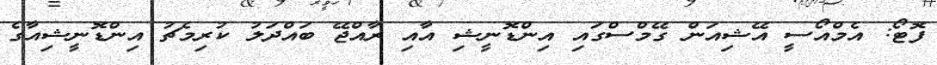
ފޮޓޯ: އެމްއޯސީ އޭޝިއަން ގޭމްސްގައި އިންޑޮނީޝި އާއި ރާއްޖޭ ބައްދަލު ކުރިމެޗު އިންޑޮނީޝިއާގެ